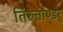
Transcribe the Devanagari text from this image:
तिरुत्तोण्डर्